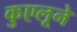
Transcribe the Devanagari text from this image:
कुएलूने